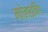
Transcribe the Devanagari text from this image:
म्पोलाइनिंग